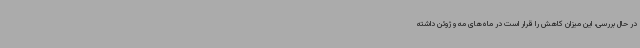
در حال بررسی، این میزان کاهش را قرار است در ماه‌های مه و ژوئن داشته